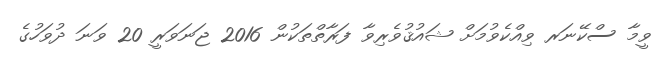
ވީމާ ސްކޭނަރ ވިއްކެވުމަށް ޝައުޤުވެރިވާ ފަރާތްތަކުން 2016 ޖަނަވަރީ 20 ވަނަ ދުވަހުގެ